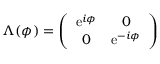
\Lambda ( \phi ) = \left( \begin{array} { c c } { { \mathrm { e } ^ { i \phi } } } & { { 0 } } \\ { { 0 } } & { { \mathrm { e } ^ { - i \phi } } } \end{array} \right)